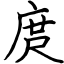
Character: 庹